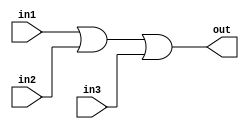
/*
    CS/ECE 552 Spring '23
    Homework #1, Problem 2

    3 input OR
*/
`default_nettype none
module or3 (out,in1,in2,in3);
    output wire out;
    input wire in1,in2,in3;
    assign out = (in1 | in2 | in3);
endmodule
`default_nettype wire